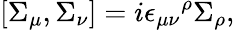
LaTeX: \left[\Sigma_{\mu},\Sigma_{\nu}\right]=i{\epsilon_{\mu\nu}}^{\rho}\Sigma_{\rho},